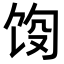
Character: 𬲵